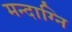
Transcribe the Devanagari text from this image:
मन्‍दाग्नि